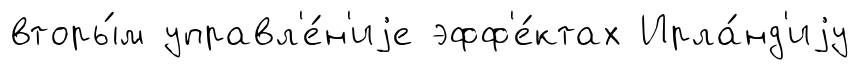
вторы́м управл'е́н'иjе эфф'е́ктах Ирла́нд'иjу